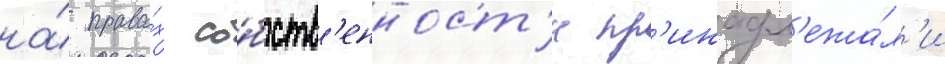
на́ права́х со́бств'енност'и пр'инадл'ежа́л'и